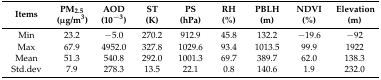
<table><thead><tr><td><b>Items</b></td><td><b>PM<sub>2.5</sub> (μg/m<sup>3</sup>)</b></td><td><b>AOD (10<sup>−3</sup>)</b></td><td><b>ST (K)</b></td><td><b>PS (hPa)</b></td><td><b>RH (%)</b></td><td><b>PBLH (m)</b></td><td><b>NDVI (%)</b></td><td><b>Elevation (m)</b></td></tr></thead><tbody><tr><td>Min</td><td>23.2</td><td>−5.0</td><td>270.2</td><td>912.9</td><td>45.8</td><td>132.2</td><td>−19.6</td><td>−92</td></tr><tr><td>Max</td><td>67.9</td><td>4952.0</td><td>327.8</td><td>1029.6</td><td>93.4</td><td>1013.5</td><td>99.9</td><td>1922</td></tr><tr><td>Mean</td><td>51.3</td><td>540.8</td><td>292.0</td><td>1001.3</td><td>69.7</td><td>389.7</td><td>62.0</td><td>138.3</td></tr><tr><td>Std.dev</td><td>7.9</td><td>278.3</td><td>13.5</td><td>22.1</td><td>0.8</td><td>140.6</td><td>1.9</td><td>232.0</td></tr></tbody></table>